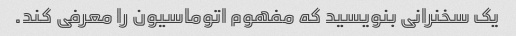
یک سخنرانی بنویسید که مفهوم اتوماسیون را معرفی کند.